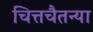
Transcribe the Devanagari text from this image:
चित्तचैतन्या